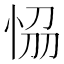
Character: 𭜴